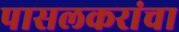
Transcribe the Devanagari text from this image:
पासलकरांचा